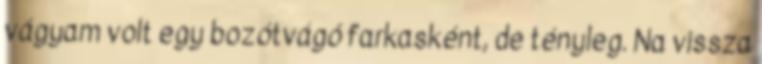
vágyam volt egy bozótvágó farkasként, de tényleg. Na vissza